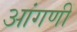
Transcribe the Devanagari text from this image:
आंगणीं